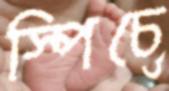
স্পিচে